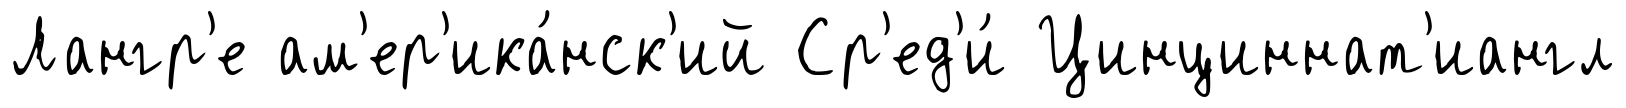
Лангр'е ам'ер'ика́нск'ий Ср'ед'и́ Цинциннат'иангл